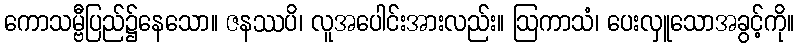
ကောသမ္ဗီပြည်၌နေသော။ ဇနဿပိ၊ လူအပေါင်းအားလည်း။ ဩကာသံ၊ ပေးလှူသောအခွင့်ကို။